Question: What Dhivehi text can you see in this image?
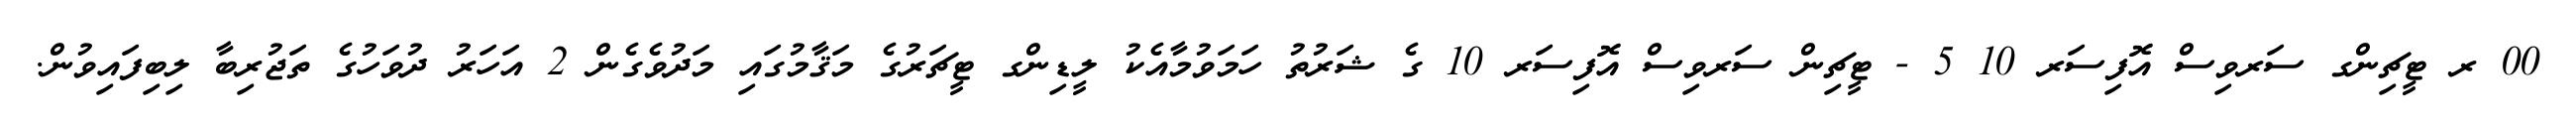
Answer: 00 ރ ޓީޗިންގ ސަރވިސް އޮފިސަރ 10 5 - ޓީޗިން ސަރވިސް އޮފިސަރ 10 ގެ ޝަރުތު ހަމަވުމާއެކު ލީޑިންގ ޓީޗަރުގެ މަޤާމުގައި މަދުވެގެން 2 އަހަރު ދުވަހުގެ ތަޖުރިބާ ލިބިފައިވުން.